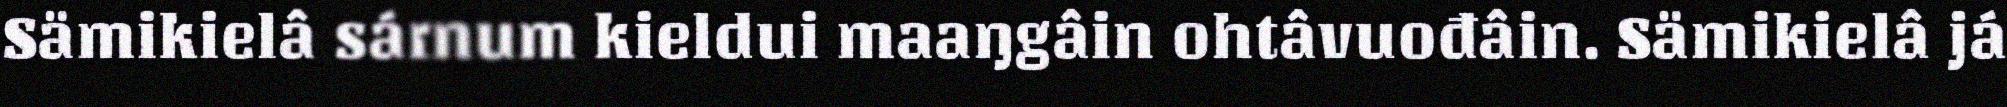
Sämikielâ sárnum kieldui maaŋgâin ohtâvuođâin. Sämikielâ já